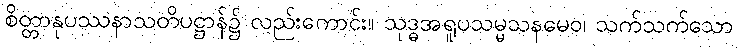
စိတ္တာနုပဿနာသတိပဋ္ဌာန်၌ လည်းကောင်း။ သုဒ္ဓအရူပသမ္မသနမေဝ၊ သက်သက်သော